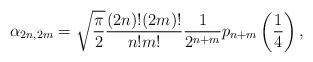
LaTeX: \begin{align*}\alpha_{2n,2m}=\sqrt{\frac{\pi}{2}}\frac{(2n)!(2m)!}{n!m!}\frac{1}{2^{n+m}} p_{n+m}\left (\frac14 \right),\end{align*}